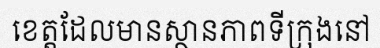
ខេត្តដែលមានស្ថានភាពទីក្រុងនៅ